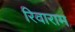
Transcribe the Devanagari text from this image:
रिवाराम